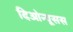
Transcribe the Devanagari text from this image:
दिओन्यूसस